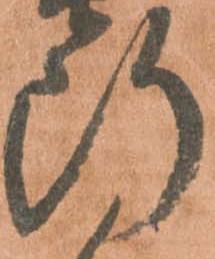
断